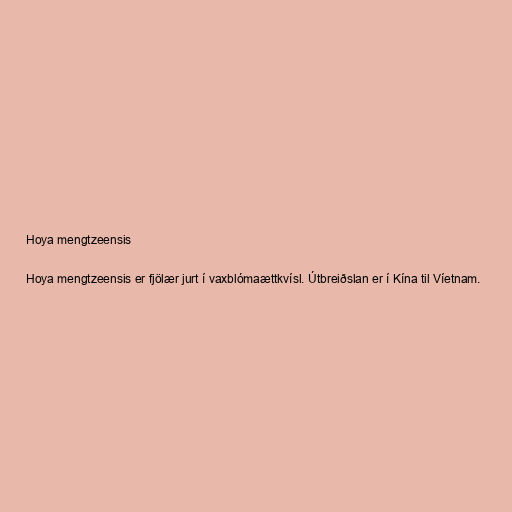
Hoya mengtzeensis

Hoya mengtzeensis er fjölær jurt í vaxblómaættkvísl. Útbreiðslan er í Kína til Víetnam.